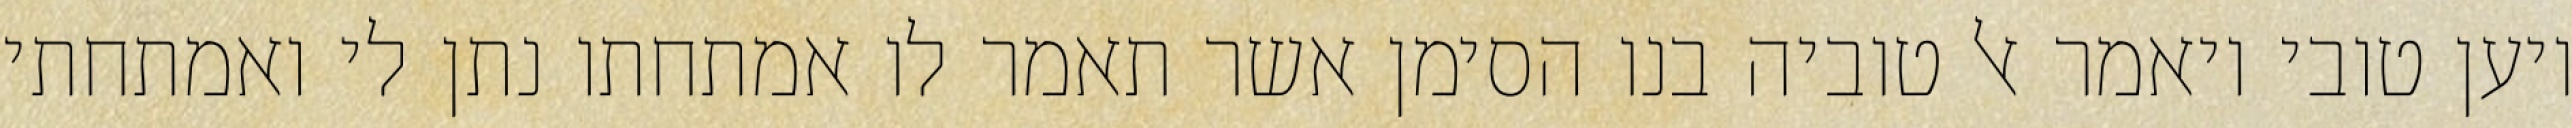
ויען טובי ויאמר אל טוביה בנו הסימן אשר תאמר לו אמתחתו נתן לי ואמתחתי